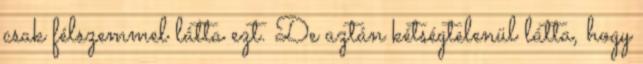
csak félszemmel látta ezt. De aztán kétségtelenül látta, hogy